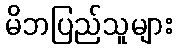
မိဘပြည်သူများ